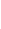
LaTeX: B\! \! \! \! \! \! \! \! \! \! \! \! (\! \! \! \! \! \! \! \! \! \! \! \! \mathbf{x}\! \! \! \! \! \! \! \! \! \! \! \! )\! \! \! \! \! \! \! \! \! \! \! \! =\! \! \! \! \! \! \! \! \! \! \! \! (B\! \! \! \! \! \! \! \! \! \! \! \! _{\! }\! \! \! \! \! \! \! \! \! \! \! 1\! \! \! \! \! \! \! \! \! \! \! \! (\! \! \! \! \! \! \! \! \! \! \! \! \mathbf{x}\! \! \! \! \! \! \! \! \! \! \! \! )\! \! \! \! \! \! \! \! \! \! \! \! ,B\! \! \! \! \! \! \! \! \! \! \! \! _{\! }\! \! \! \! \! \! \! \! \! \! \! 2\! \! \! \! \! \! \! \! \! \! \! \! (\! \! \! \! \! \! \! \! \! \! \! \! \mathbf{x}\! \! \! \! \! \! \! \! \! \! \! \! )\! \! \! \! \! \! \! \! \! \! \! \! )\! \! \! \! \! \! \! \! \! \! \!